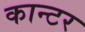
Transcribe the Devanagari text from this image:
कान्टर